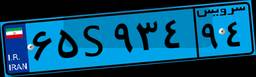
۷۱S۶۷۷۳۷